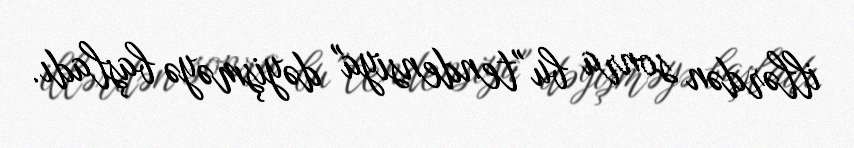
illərdən sonra bu "tendensiya" dəyişməyə başladı.